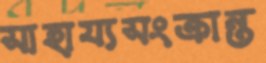
সাহায্যসংক্রান্ত